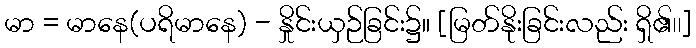
မာ = မာနေ(ပရိမာနေ) - နှိုင်းယှဉ်ခြင်း၌။ [မြတ်နိုးခြင်းလည်း ရှိ၏၊၊]